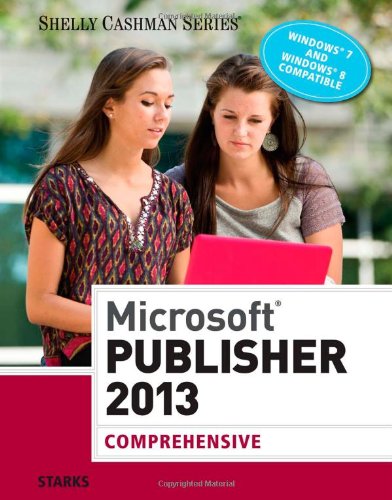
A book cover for Microsoft Publisher 2013: Comprehensive (Shelly Cashman); Joy L. Starks; Arts & Photography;